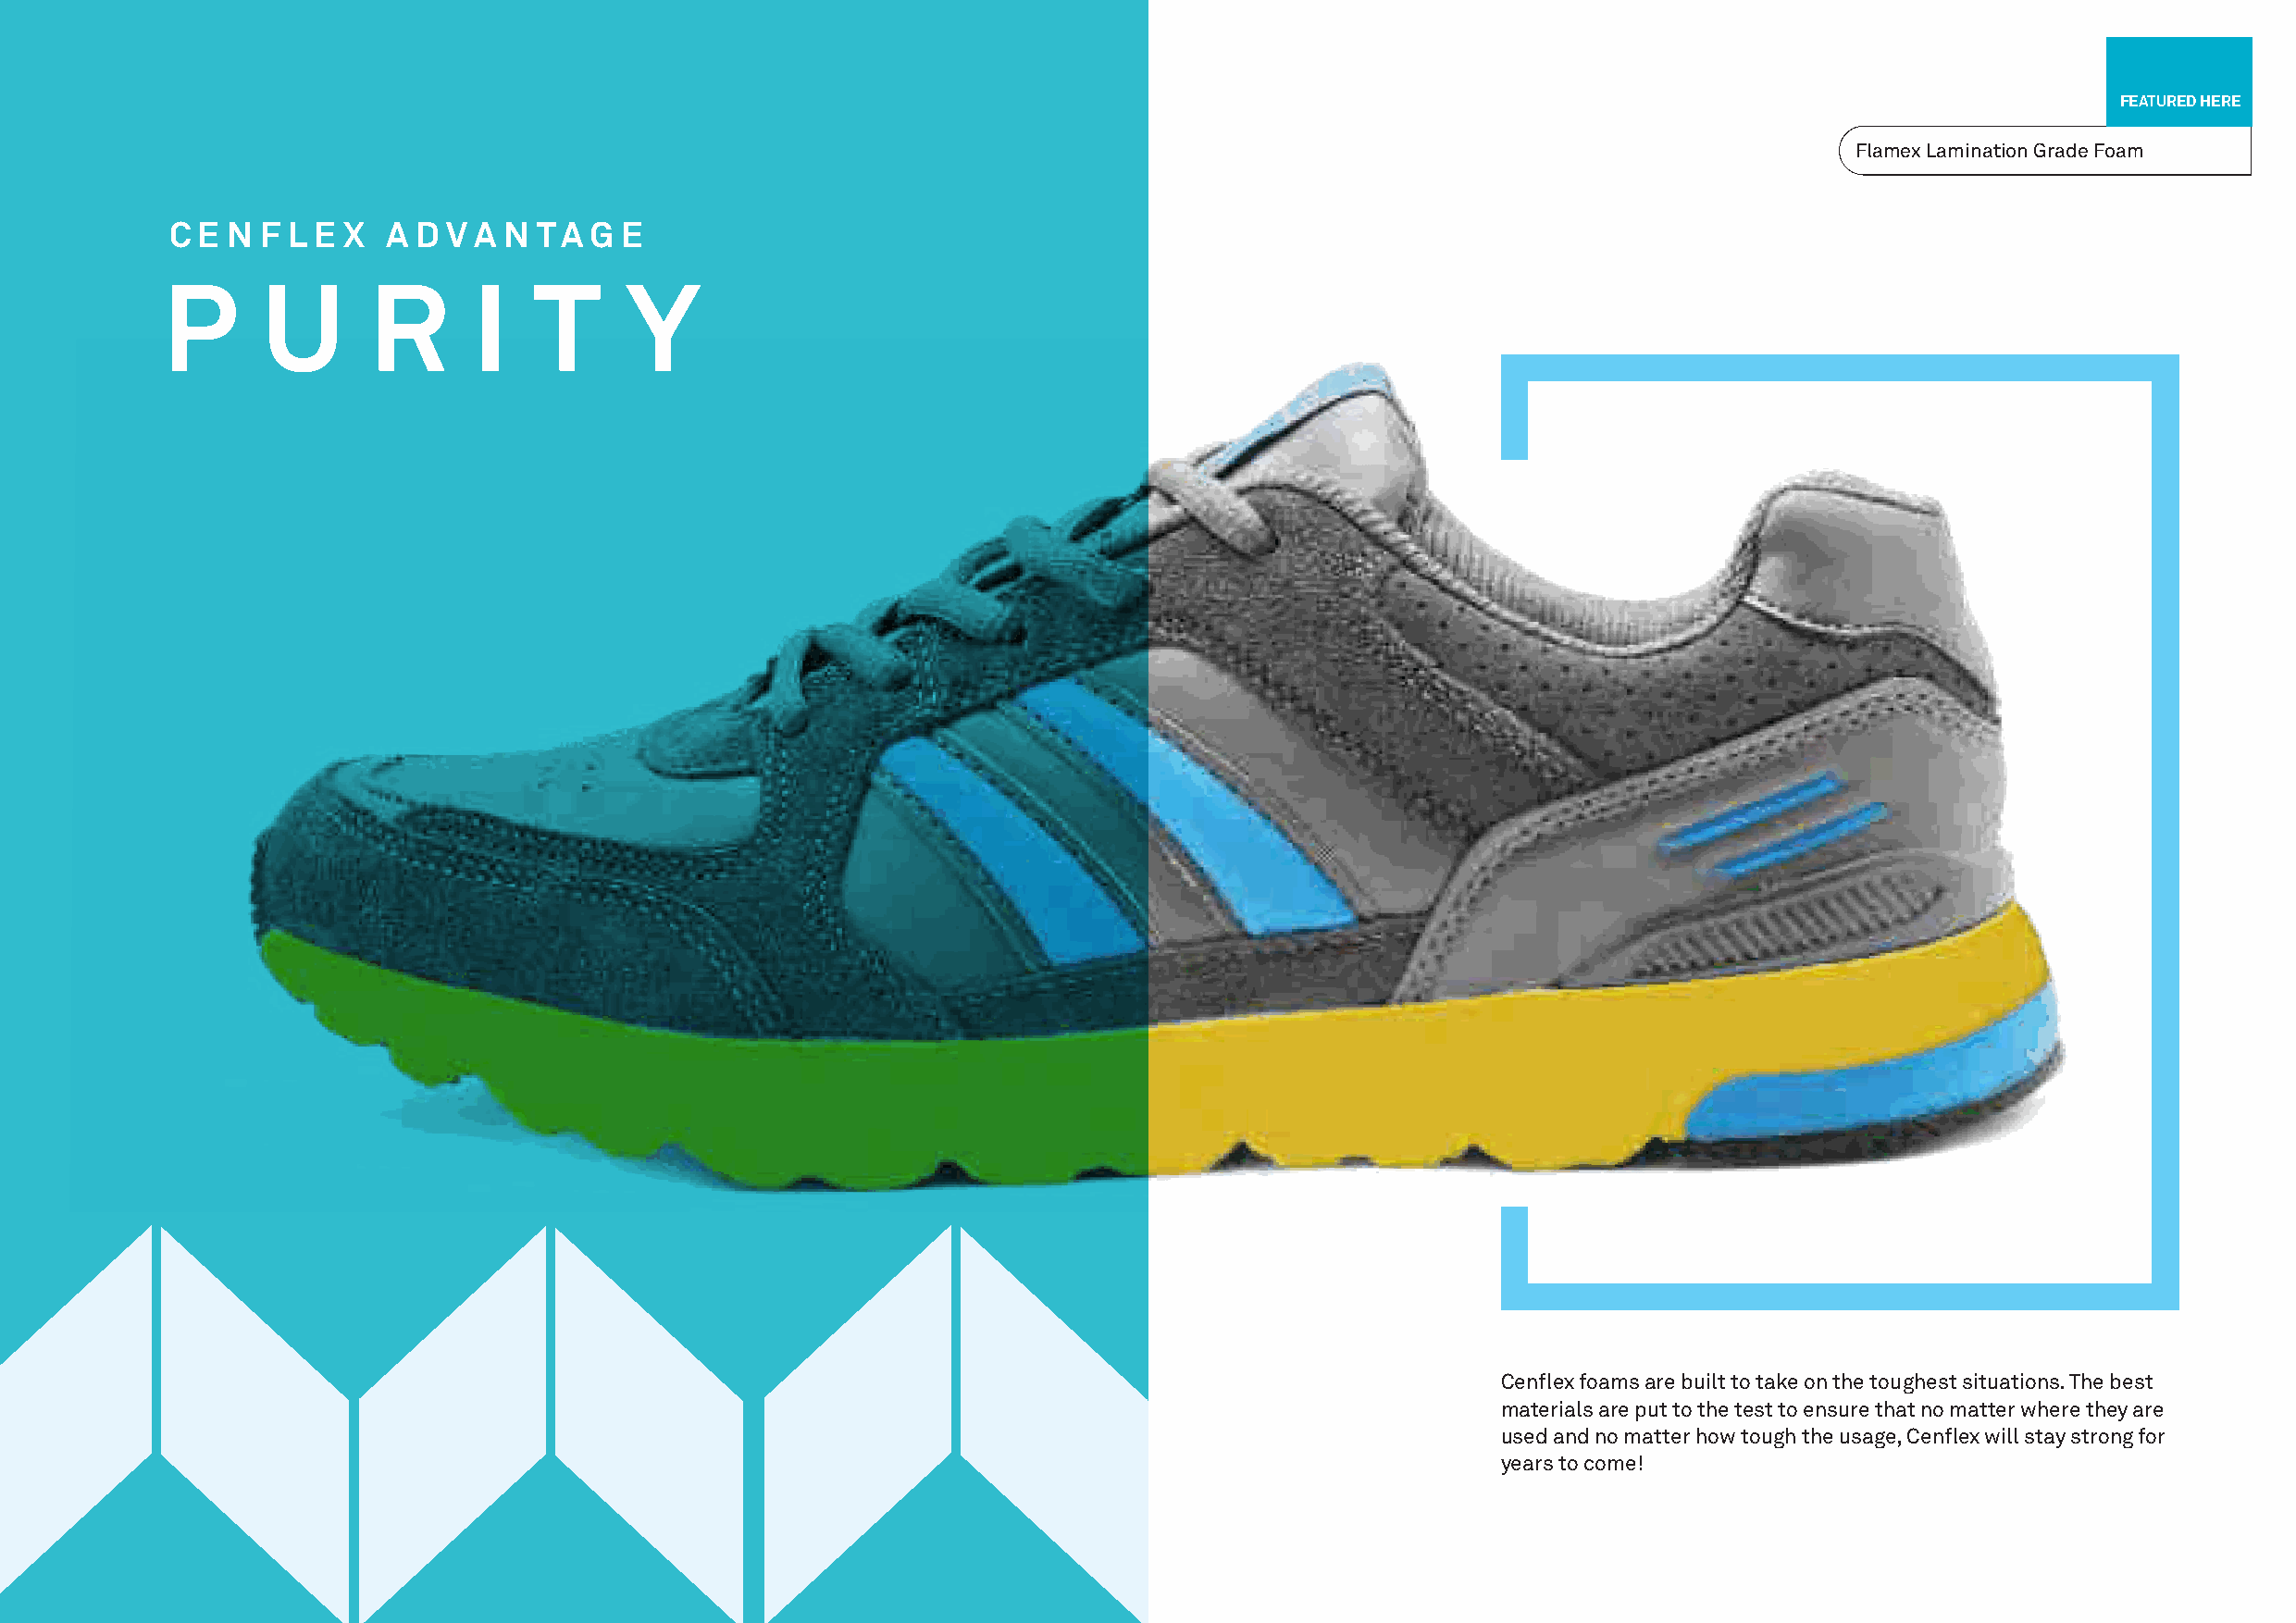
FEATURED HERE
 Flamex Lamination Grade Foam
 C E N  F L E X  A D V A N TA  G E
 P      U      R       I   T      Y
 Cenflex foams are built to take on the toughest situations. The best
 materials are put to the test to ensure that no matter where they are
 used and no matter how tough the usage, Cenflex will stay strong for
 years to come!